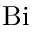
\mathrm { B i }